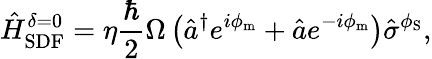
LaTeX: \hat{H}_{\mathrm{SDF}}^{\delta=0}=\eta\frac{\hbar}{2}\Omega\left(\hat{a}^{\dagger}e^{i\phi_{\mathrm{m}}}+\hat{a}e^{-i\phi_{\mathrm{m}}}\right)\hat{\sigma}^{\phi_{\mathrm{S}}},